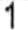
1